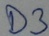
Text: D3